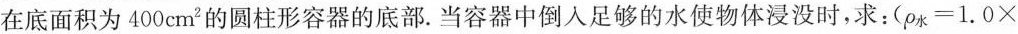
在底面积为400cm^{2}的圆柱形容器的底部.当容器中倒入足够的水使物体浸没时，求：($$\rho _{水}=1.0\times $$